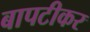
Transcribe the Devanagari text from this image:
बापटीकर